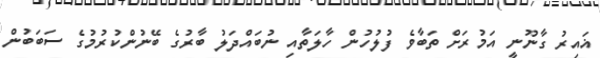
ޣައިރު ގާނޫނީ އަމުރަށް ތަބާވެ ފުލުހުން ހާލަތާއި ނުބައްދަލު ބާރުގެ ބޭނުންކުރުމުގެ ސަބަބުން